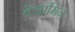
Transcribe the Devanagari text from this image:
बेजामिन